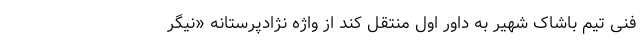
فنی تیم باشاک شهیر به داور اول منتقل کند از واژه نژادپرستانه «نیگر